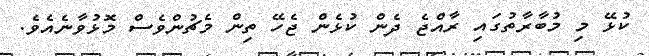
ކުޅޭ މި މުބާރާތުގައި ރާއްޖެ ދެން ކުޅެން ޖެހޭ ތިން މެޗުންވެސް މޮޅުވާނެއެވެ.